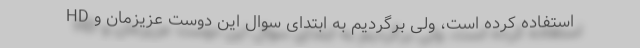
HD استفاده کرده است، ولی برگردیم به ابتدای سوال این دوست عزیزمان و